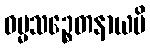
ဓမ္မသဉ္စေတနာယပိ